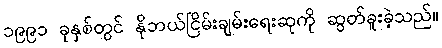
၁၉၉၁ ခုနှစ်တွင် နိုဘယ်ငြိမ်းချမ်းရေးဆုကို ဆွတ်ခူးခဲ့သည်။